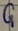
Text: G